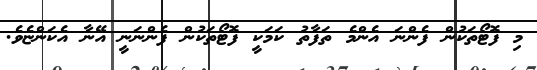
މި ފޮޓޯތަކުން ފެންނަ އެންމެ ތަފާތު ކަމަކީ ފޮޓޯތަކުން ފެންނަނީ އޭނާ އެކަންޏެވެ.